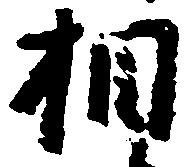
相